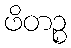
ဖိတဉ္စ